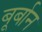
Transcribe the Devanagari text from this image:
बूर्बान